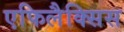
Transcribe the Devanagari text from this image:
एफिलैक्सिस